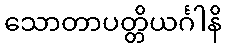
သောတာပတ္တိယင်္ဂါနိ